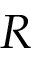
R